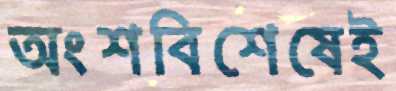
অংশবিশেষেই